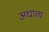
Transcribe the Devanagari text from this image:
अधाव्य